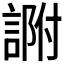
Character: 𧨽